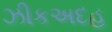
ઝીકઅદહ